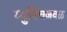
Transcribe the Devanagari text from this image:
म्युनिचजवळ